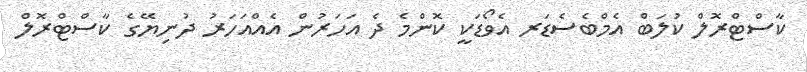
ކާސްޓްރޮލް ކުލަބް އެމްބެސެޑަރ އެވޯޑަކީ ކޮންމެ ދެ އަހަރުން އެއްއަހަރު ދުނިޔޭގެ ކާސްޓްރޮލް